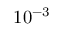
1 0 ^ { - 3 }